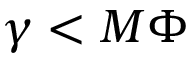
\gamma < M \Phi